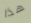
هذا